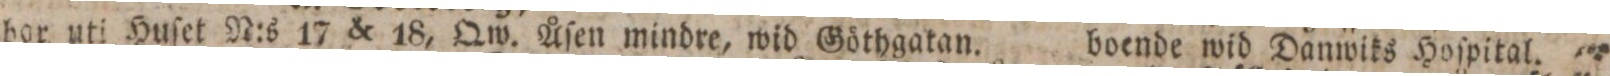
bor uti Huſet N:s 17 & 18, Qw. Åſen mindre, wid Göthgatan. boende wid Danwiks Hoſpital.